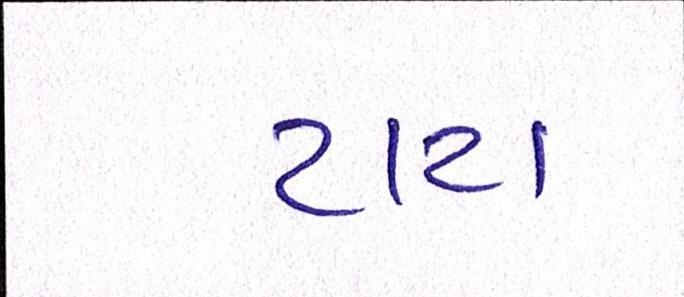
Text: ટાટા